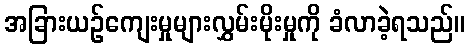
အခြားယဉ်ကျေးမှုများလွှမ်းမိုးမှုကို ခံလာခဲ့ရသည်။